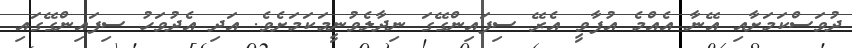
ދުވަސްކަމަށާއި އޭނާ އެއްމެ އުފާވީ އެރޭ ސިފައިންގޭގަ ނިދާލެވުނީމަކަމަށެވެ. އަދި އެދުވަހު ސިފައިންގޭގައި